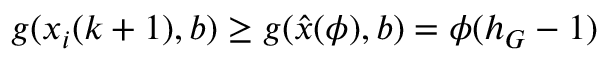
g ( x _ { i } ( k + 1 ) , b ) \geq g ( \hat { x } ( \phi ) , b ) = \phi ( h _ { G } - 1 )